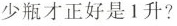
少瓶才正好是1升?